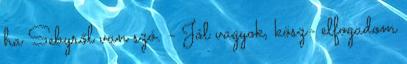
ha Sebyről van szó. - Jól vagyok, kösz- elfogadom